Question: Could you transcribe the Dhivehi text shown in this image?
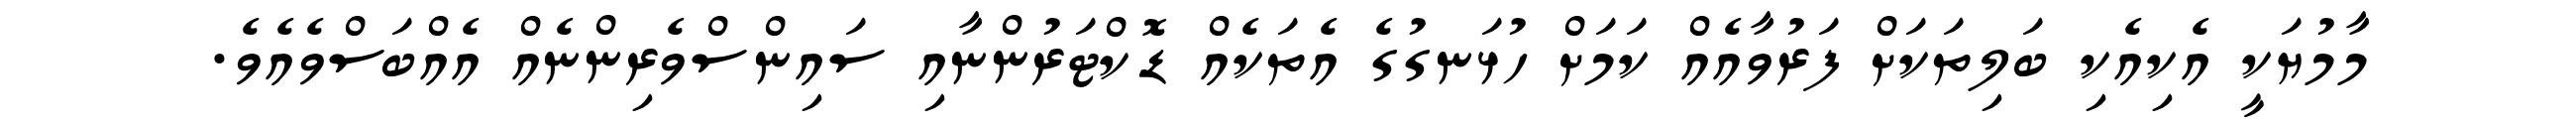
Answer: މާމުޔަކީ އެކިއެކި ބަލިތަކަށް ފަރުވާއެއް ކަމަށް ހުޅަނގުގެ އެތަކެއް ޑޮކްޓަރުންނާއި ސައިންސްވެރިންނެއް އެއްބަސްވެއެވެ.